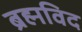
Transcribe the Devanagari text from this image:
ब्रह्मविद